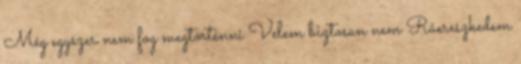
Még egyszer nem fog megtörténni Velem biztosan nem Ráereszkedem